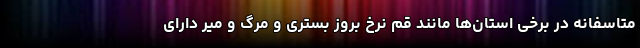
متاسفانه در برخی استان‌ها مانند قم نرخ بروز بستری و مرگ و میر دارای